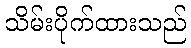
သိမ်းပိုက်ထားသည်